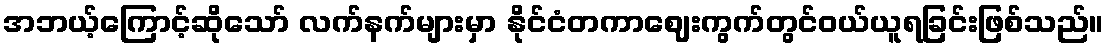
အဘယ့်ကြောင့်ဆိုသော် လက်နက်များမှာ နိုင်ငံတကာဈေးကွက်တွင်ဝယ်ယူရခြင်းဖြစ်သည်။